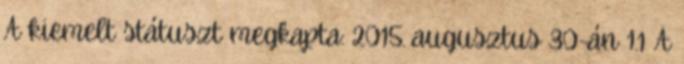
A kiemelt státuszt megkapta: 2015. augusztus 30-án 1.1 A